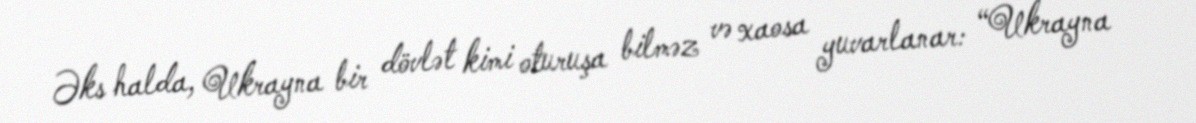
Əks halda, Ukrayna bir dövlət kimi oturuşa bilməz və xaosa yuvarlanar: “Ukrayna